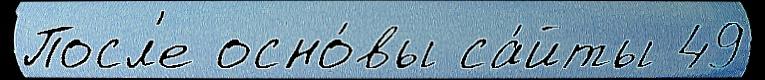
Посл'е осно́вы са́йты 49